Treatise on elephants
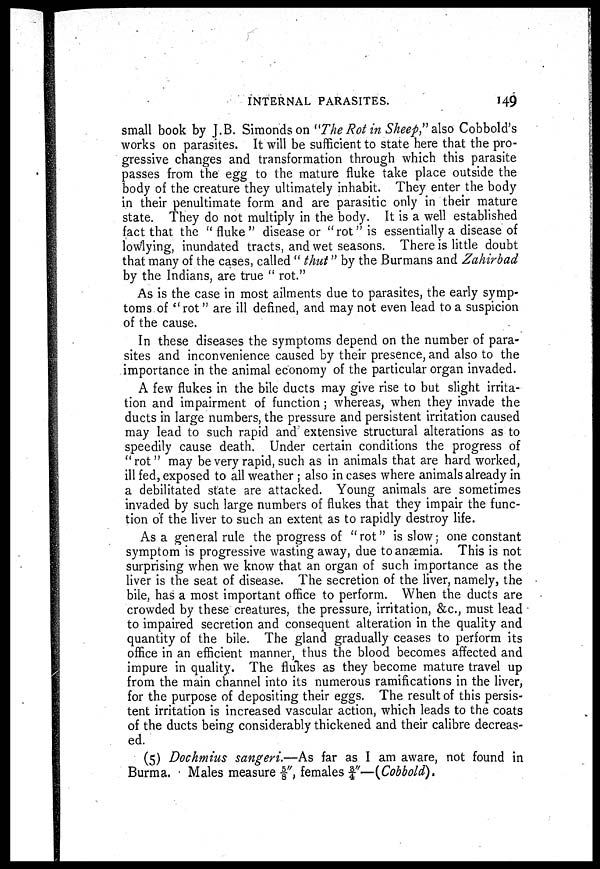
INTERNAL PARASITES.
149
small book by J.B. Simonds on "The Rot in Sheep," also Cobbold's
works on parasites. It will be sufficient to state here that the pro
gressive changes and transformation through which this parasite
passes from the egg to the mature fluke take place outside the
body of the creature they ultimately inhabit. They enter the body
in their penultimate form and are parasitic only in their mature
state. They do not multiply in the body. It is a well established
fact that the "fluke" disease or "rot" is essentially a disease of
lowlying, inundated tracts, and wet seasons. There is little doubt
that many of the cases, called "thut" by the Burmans and Zahirbad
by the Indians, are true "rot."
As is the case in most ailments due to parasites, the early symp
toms of "rot" are ill defined, and may not even lead to a suspicion
of the cause.
In these diseases the symptoms depend on the number of para
sites and inconvenience caused by their presence, and also to the
importance in the animal economy of the particular organ invaded.
A few flukes in the bile ducts may give rise to but slight irrita
tion and impairment of function; whereas, when they invade the
ducts in large numbers, the pressure and persistent irritation caused
may lead to such rapid and extensive structural alterations as to
speedily cause death. Under certain conditions the progress of
"rot" may be very rapid, such as in animals that are hard worked,
ill fed, exposed to all weather ; also in cases where animals already in
a debilitated state are attacked. Young animals are sometimes
invaded by such large numbers of flukes that they impair the func
tion of the liver to such an extent as to rapidly destroy life.
As a general rule the progress of "rot" is slow; one constant
symptom is progressive wasting away, due to anaemia. This is not
surprising when we know that an organ of such importance as the
liver is the seat of disease. The secretion of the liver, namely, the
bile, has a most important office to perform. When the ducts are
crowded by these creatures, the pressure, irritation, &c, must lead
to impaired secretion and consequent alteration in the quality and
quantity of the bile. The gland gradually ceases to perform its
office in an efficient manner, thus the blood becomes affected and
impure in quality. The flukes as they become mature travel up
from the main channel into its numerous ramifications in the liver,
for the purpose of depositing their eggs. The result of this persis
tent irritation is increased vascular action, which leads to the coats
of the ducts being considerably thickened and their calibre decreas
ed.
(5) Dochmius sangeri.—As far as I am aware, not found in
Burma. Males measure ⅝", females ¾"—(Cobbold).